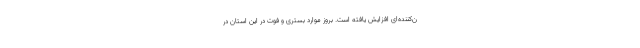
ن‌کننده‌ای افزایش یافته است. بروز موارد بستری و فوت در این استان در